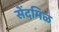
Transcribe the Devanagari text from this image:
सेंदमिळ